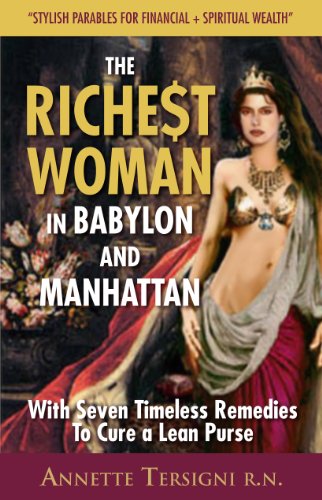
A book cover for The Richest Woman In Babylon And Manhattan: (The Goddess of Wisdom Teaches Seven Secrets for- Financial Fitness-about Woman & Money Book 1); Annette Tersigni RN; Business & Money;